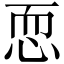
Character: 恧